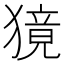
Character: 獍